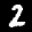
Label: 2